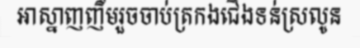
អាស្នាញញឹមរួចចាប់ត្រកងជើងទន់ស្រលូន